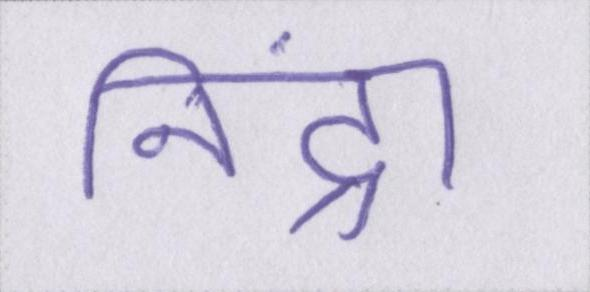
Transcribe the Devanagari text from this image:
निंद्रा